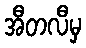
အီတလီမှ